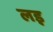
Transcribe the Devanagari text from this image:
लड़़